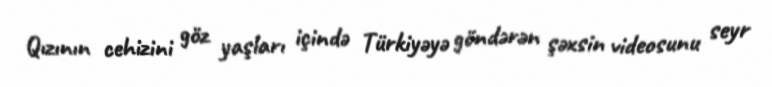
Qızının cehizini göz yaşları içində Türkiyəyə göndərən şəxsin videosunu seyr